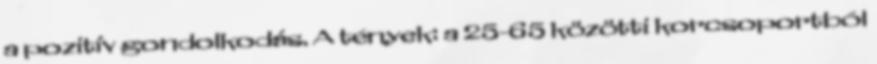
a pozitív gondolkodás. A tények: a 25-65 közötti korcsoportból